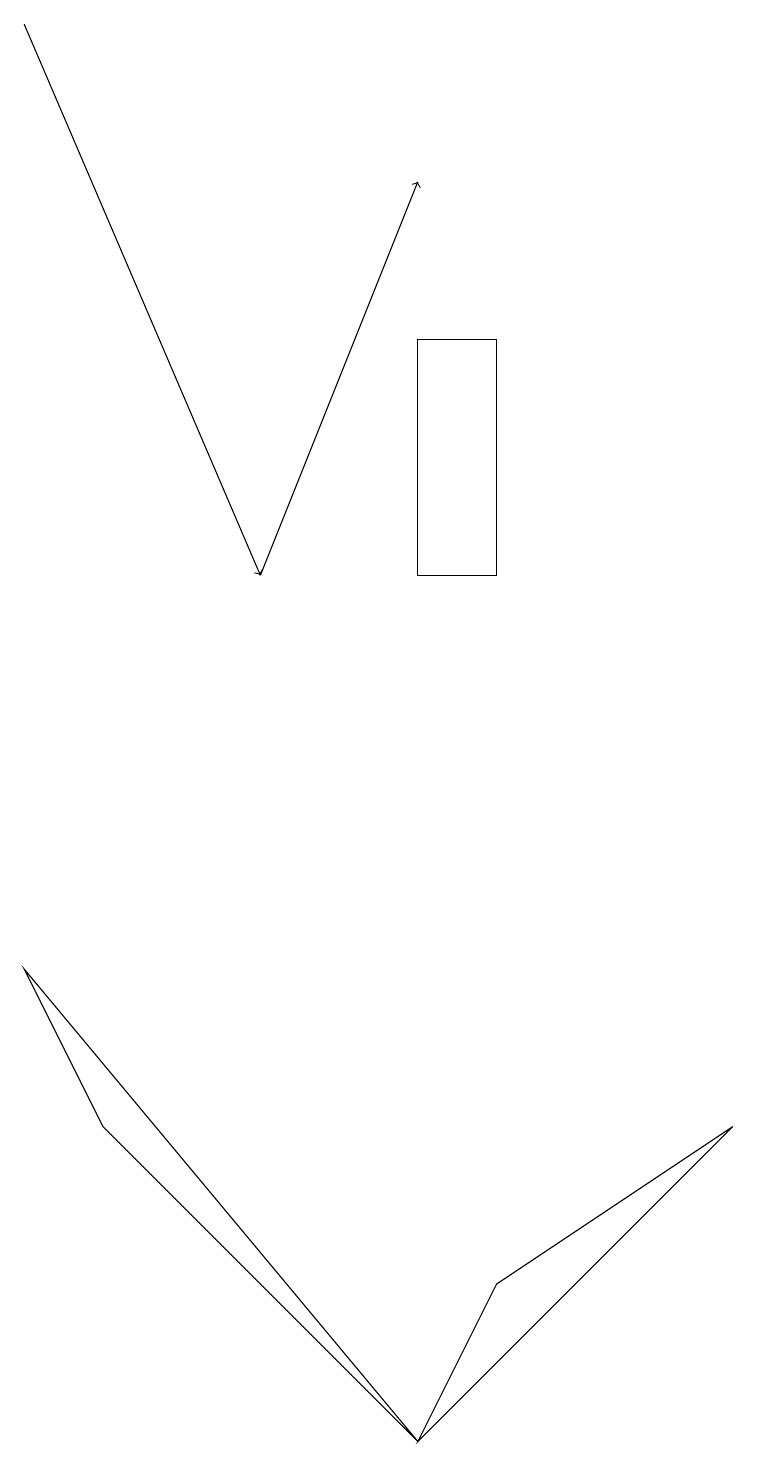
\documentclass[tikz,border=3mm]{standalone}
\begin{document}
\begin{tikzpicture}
\draw (9,5) -- (5,1) -- (6,3) -- cycle;
\draw (5,1) -- (0,7) -- (1,5) -- cycle;
\draw[->] (3,12) -- (5,17);
\draw[->] (0,19) -- (3,12);
\draw (5,12) rectangle (6,15);
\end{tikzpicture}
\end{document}